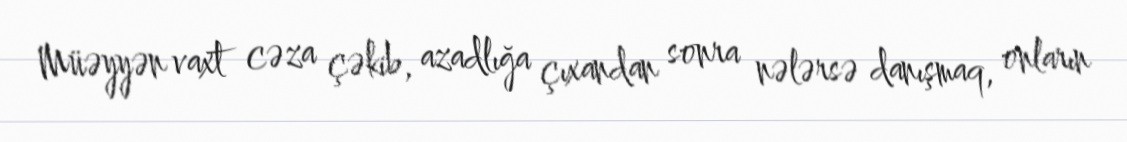
Müəyyən vaxt cəza çəkib, azadlığa çıxandan sonra nələrsə danışmaq, onların